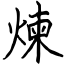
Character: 煉